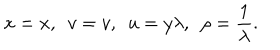
x = x , ~ ~ v = v , ~ ~ u = y \lambda , ~ ~ \rho = \frac { 1 } { \lambda } .